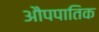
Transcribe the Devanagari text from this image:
औपपातिक